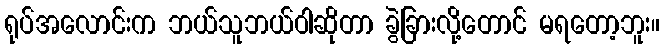
ရုပ်အလောင်းက ဘယ်သူဘယ်ဝါဆိုတာ ခွဲခြားလို့တောင် မရတော့ဘူး။